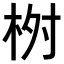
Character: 𣑣